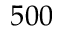
5 0 0